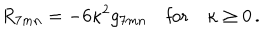
LaTeX: R _ { 7 m n } = - 6 \kappa ^ { 2 } g _ { 7 m n } \quad \textrm { f o r } \quad \kappa \ge 0 \, .